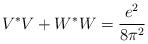
LaTeX: \begin{align*}V^*V+W^*W=\frac{e^2}{8\pi^2}\end{align*}